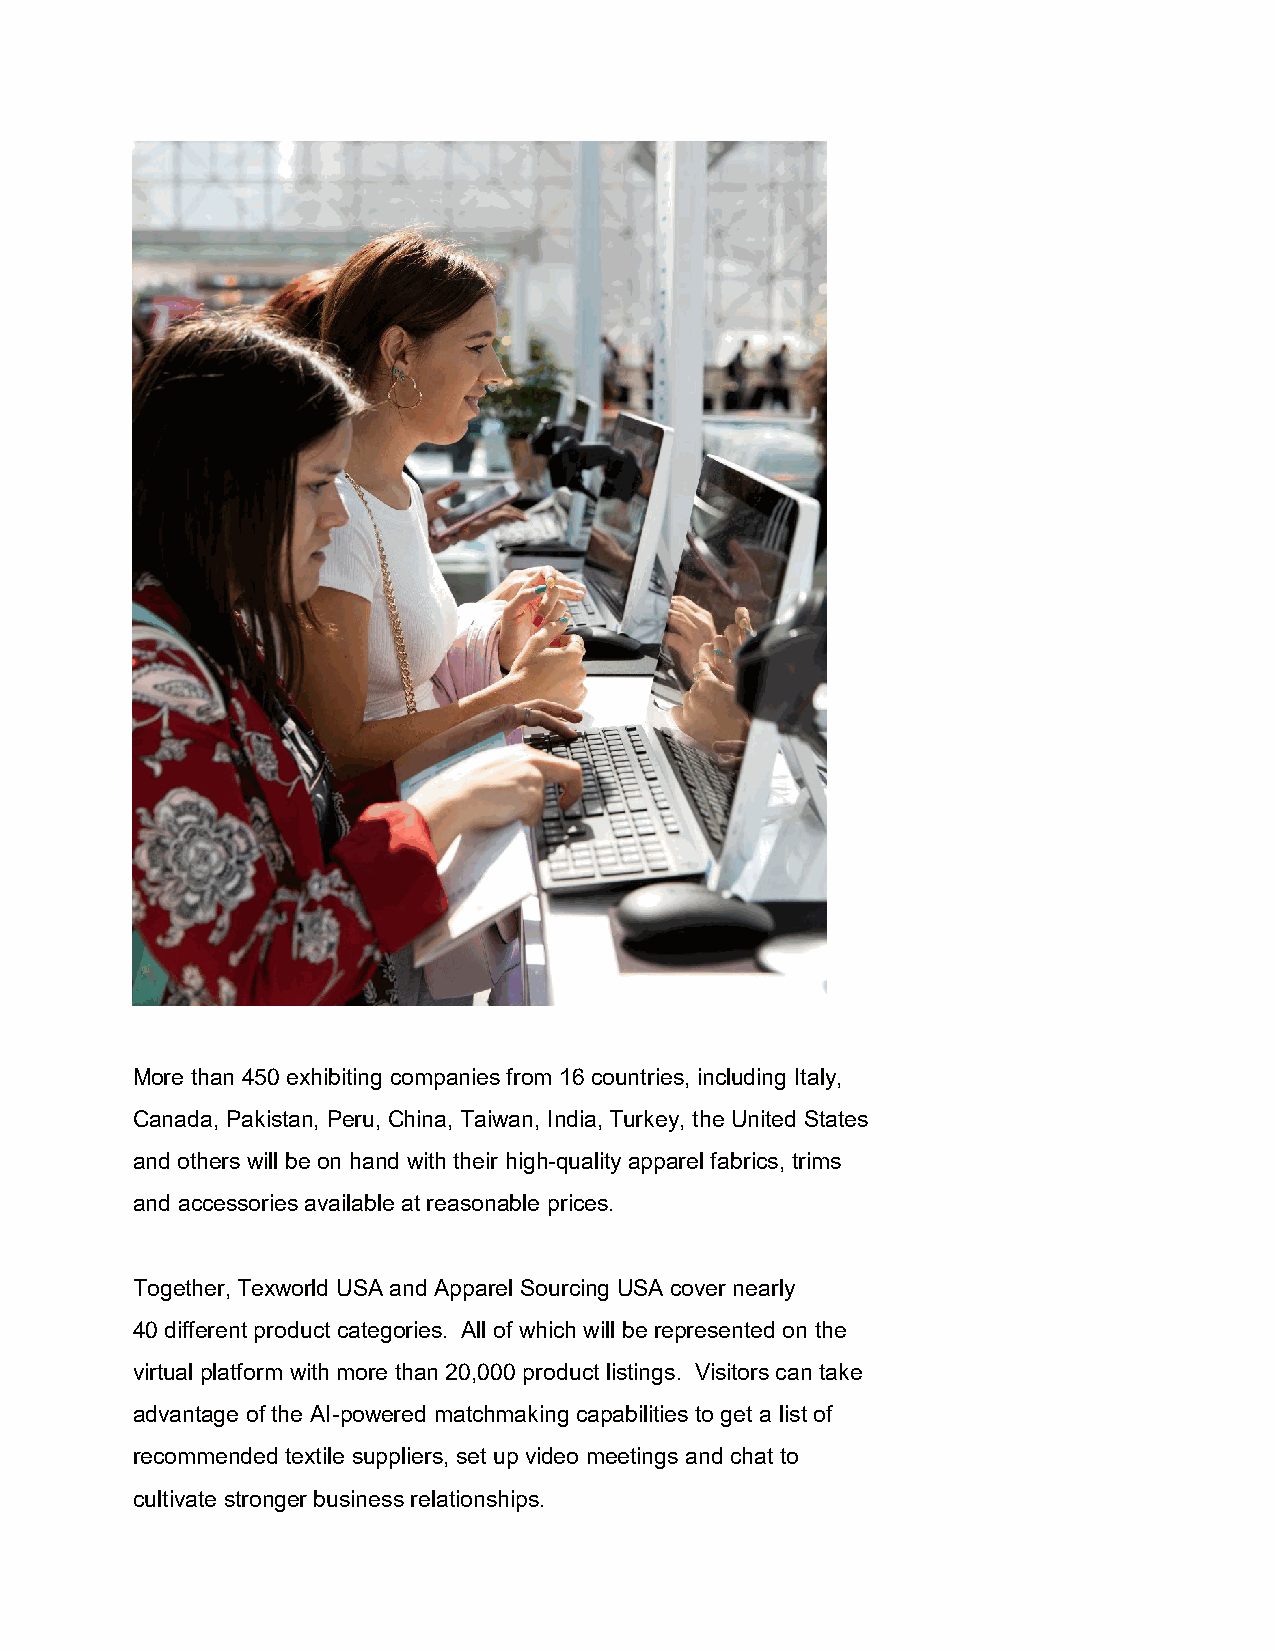
More than 450 exhibiting companies from 16 countries, including Italy,
 Canada, Pakistan, Peru, China, Taiwan, India, Turkey, the United States
 and others will be on hand with their high-quality apparel fabrics, trims
 and accessories available at reasonable prices.
 Together, Texworld USA and Apparel Sourcing USA cover nearly
 40 different product categories. All of which will be represented on the
 virtual platform with more than 20,000 product listings. Visitors can take
 advantage of the AI-powered matchmaking capabilities to get a list of
 recommended textile suppliers, set up video meetings and chat to
 cultivate stronger business relationships.